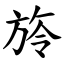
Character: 旍